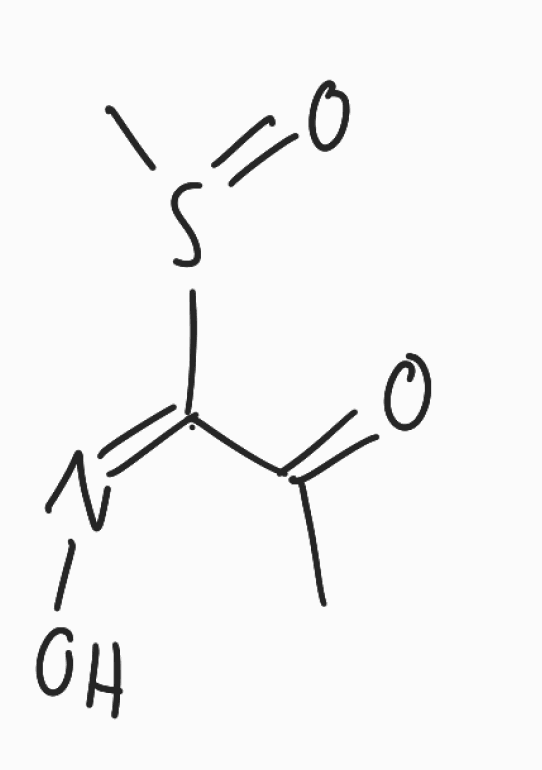
Simplified molecular-input line-entry system (SMILES) notation of the given molecule:
CC(=O)/C(=N/O)/S(=O)C